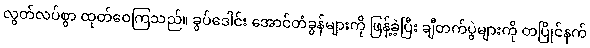
လွတ်လပ်စွာ ထုတ်ဝေကြသည်။ ခွပ်ဒေါင်း အောင်တံခွန်များကို ဖြန့်ခဲ့ပြီး ချီတက်ပွဲများကို တပြိုင်နက်